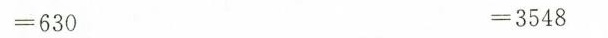
$$= 6 3 0$$ $$= 3 5 4 8$$